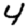
Digit: 4